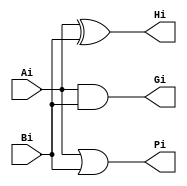
module Msquare_box (Ai,Bi,Hi,Gi,Pi);
input Ai,Bi; 
output Hi,Gi,Pi;
xor m1 (Hi,Ai,Bi);
and m2 (Gi,Ai,Bi);
or m3 (Pi,Ai,Bi);
endmodule